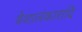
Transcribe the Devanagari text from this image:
वेशालंकारादि